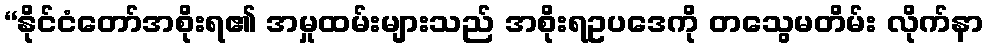
“နိုင်ငံတော်အစိုးရ၏ အမှုထမ်းများသည် အစိုးရဥပဒေကို တသွေမတိမ်း လိုက်နာ